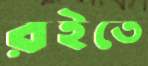
রইতে